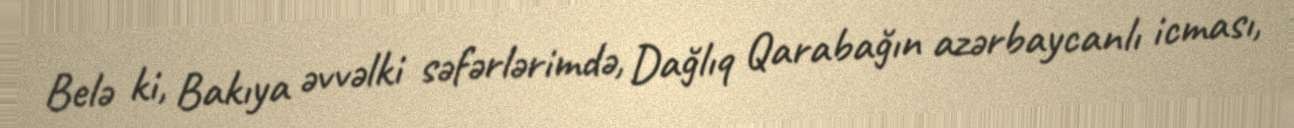
Belə ki, Bakıya əvvəlki səfərlərimdə, Dağlıq Qarabağın azərbaycanlı icması,